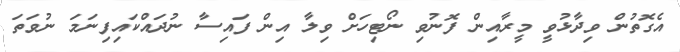
އެގޮތުން ވިދާޅުވީ މީރާއިން ފޮނުވި ނޯޓިހަށް ވިލާ އިން ފައިސާ ނުދައްކައިފިނަމަ ނުވަަތަ